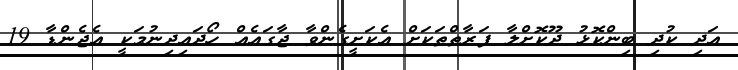
އަދި ކުދި ބިންކޮޅު ދޫކޮށްލާ ފަރާތްތަކަށް އެކަށީގެންވާ ޖާގައެއް ހޯދައިދިނުމަކީ އެޖެންޑާ 19